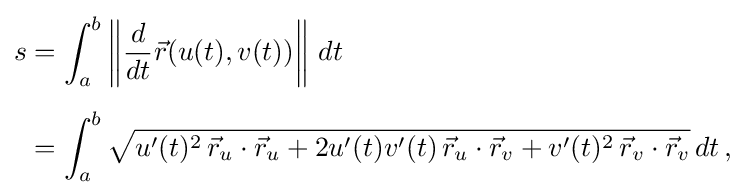
{\begin{aligned}s&=\int _{a}^{b}\left\|{\frac {d}{dt}}{\vec {r}}(u(t),v(t))\right\|\,dt\\[5pt]&=\int _{a}^{b}{\sqrt {u'(t)^{2}\,{\vec {r}}_{u}\cdot {\vec {r}}_{u}+2u'(t)v'(t)\,{\vec {r}}_{u}\cdot {\vec {r}}_{v}+v'(t)^{2}\,{\vec {r}}_{v}\cdot {\vec {r}}_{v}}}\,dt\,,\end{aligned}}